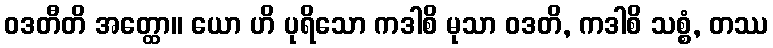
ဝဒတီတိ အတ္ထော။ ယော ဟိ ပုရိသော ကဒါစိ မုသာ ဝဒတိ, ကဒါစိ သစ္စံ, တဿ